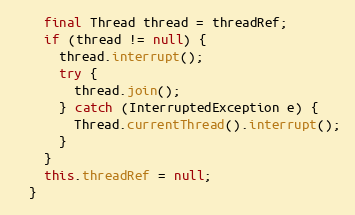
Language: Java
    final Thread thread = threadRef;
    if (thread != null) {
      thread.interrupt();
      try {
        thread.join();
      } catch (InterruptedException e) {
        Thread.currentThread().interrupt();
      }
    }
    this.threadRef = null;
  }